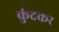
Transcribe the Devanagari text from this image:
कुंदकर